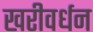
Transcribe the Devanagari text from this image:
खरीवर्धन